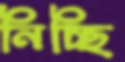
নিচ্ছি